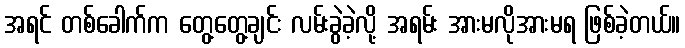
အရင် တစ်ခေါက်က တွေ့တွေ့ချင်း လမ်းခွဲခဲ့လို့ အရမ်း အားမလိုအားမရ ဖြစ်ခဲ့တယ်။